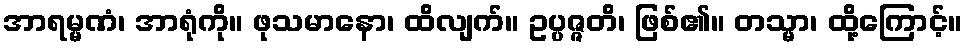
အာရမ္မဏံ၊ အာရုံကို။ ဖုသမာနော၊ ထိလျက်။ ဥပ္ပဇ္ဇတိ၊ ဖြစ်၏။ တသ္မာ၊ ထို့ကြောင့်။